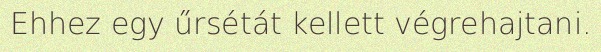
Ehhez egy űrsétát kellett végrehajtani.